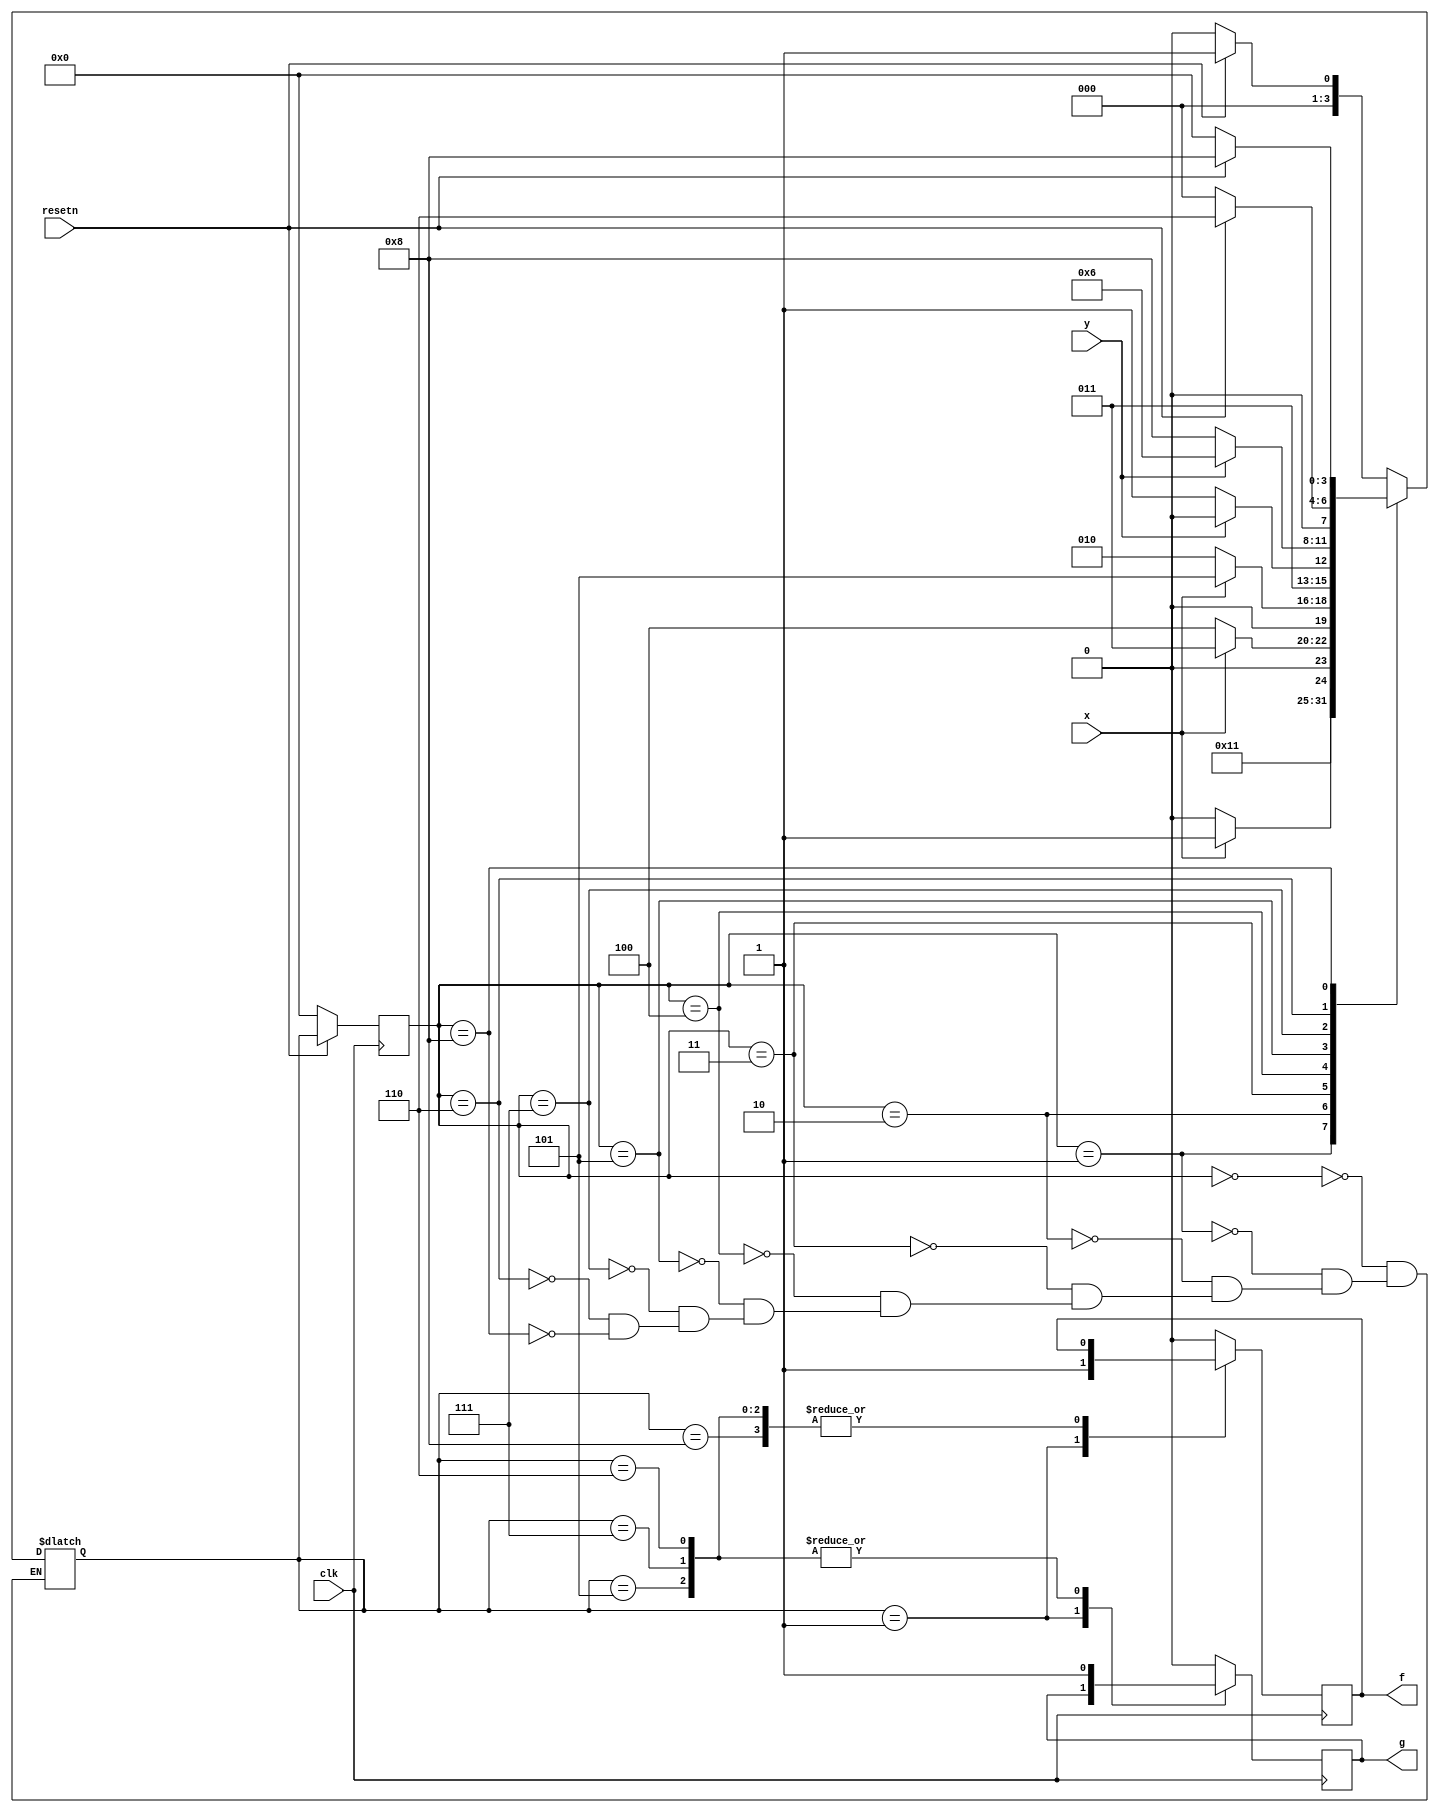
module top_module (input clk,resetn,x,y,output f,g);
    parameter A=4'd0, f1=4'd1, tmp0=4'd2, tmp1=4'd3, tmp2=4'd4, g1=4'd5, g1p=4'd6, tmp3=4'd7, g0p=4'd8;
    reg [3:0] state, next;
    always@(*) begin
        case(state)
            A 	: next = resetn ? f1 : A ; 
            f1	: next = tmp0;
            tmp0: next = x ? tmp1 : tmp0 ;
            tmp1: next = x ? tmp1 : tmp2 ;
            tmp2: next = x ? g1 : tmp0 ;
            g1	: next = y ? g1p : tmp3 ;
            tmp3: next = y ? g1p : g0p ;
            g1p	: next = resetn ? g1p : A ;
            g0p	: next = resetn ? g0p : A ;
        endcase end
    always@(posedge clk) begin
        if(~resetn) state <= A;
        else state <= next;
        case(next)
            f1:     f <= 1'b1;
            g1:		g <= 1'b1;
            tmp3:	g <= 1'b1;
            g1p:    g <= 1'b1;
            g0p:    g <= 1'b0;
            default: begin
                    f <= 1'b0;
                    g <= 1'b0;
            end endcase end
endmodule